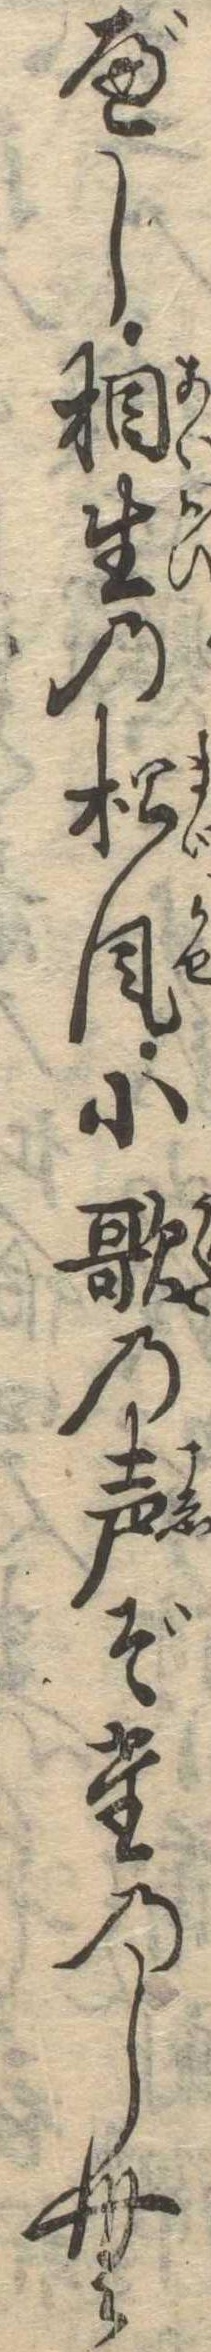
べし相生の松風小歌の声ぞたのしむ